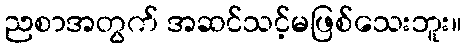
ညစာအတွက် အဆင်သင့်မဖြစ်သေးဘူး။